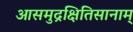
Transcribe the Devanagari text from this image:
आसमुद्रक्षितिसानाम्